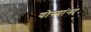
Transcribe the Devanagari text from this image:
योग्यांना